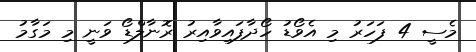
މެސީ 4 ފަހަރު މި އެވޯޑު ހޯދާފައިވާއިރު ރޮނާލްޑޯ ވަނީ މި މަގާމު